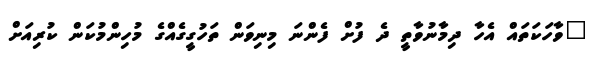
"ވާހަކަތައް އެހާ ދިމާނުވާތީ ދެ ފުށް ފެންނަ މިނިވަން ތަހުގީގެއްގެ މުހިންމުކަން ކުރިއަށް